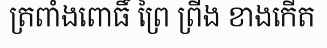
ត្រពាំងពោធិ៍ ព្រៃ ព្រីង ខាងកើត